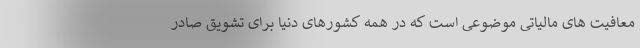
معافیت های مالیاتی موضوعی است که در همه کشورهای دنیا برای تشویق صادر